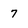
Character: 7